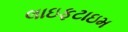
લાઇફટાઇમ